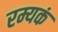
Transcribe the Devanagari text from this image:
रम्यकं